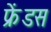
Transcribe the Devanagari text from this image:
फ्रेंडस